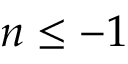
n \leq - 1